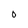
Character: 0